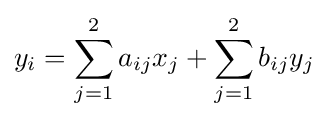
y_{i}=\sum _{j=1}^{2}a_{ij}x_{j}+\sum _{j=1}^{2}b_{ij}y_{j}